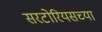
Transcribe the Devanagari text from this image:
सरटोरियसच्या